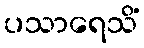
ပသာရေသိံ